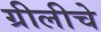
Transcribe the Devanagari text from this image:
ग्रीलीचे